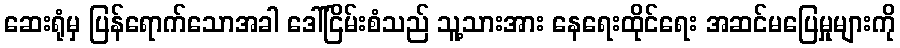
ဆေးရုံမှ ပြန်ရောက်သောအခါ ဒေါ်ငြိမ်းစံသည် သူ့သားအား နေရေးထိုင်ရေး အဆင်မပြေမှုများကို